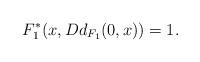
LaTeX: \begin{align*} F_1^*(x,Dd_{F_1}(0,x))=1.\end{align*}